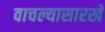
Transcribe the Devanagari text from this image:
वाचल्यासारखे